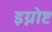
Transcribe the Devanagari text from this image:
इग्नोष्ट